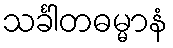
သင်္ခါတဓမ္မာနံ